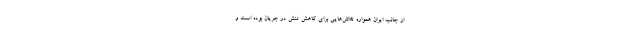
از جانب ایران همواره تلاش‌هایی برای کاهش تنش در جریان بوده است و